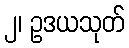
၂၊ ဥဒယသုတ်